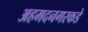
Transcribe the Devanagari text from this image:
अहमदनगरकडे